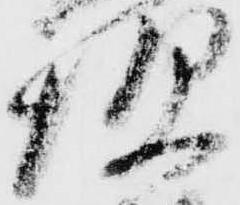
炊